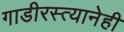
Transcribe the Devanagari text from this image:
गाडीरस्त्यानेही